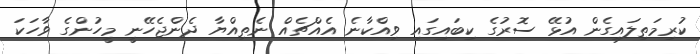
ކުރިމަތިލައިގެން އުޅޭ ސޮރުގެ ކިބައިގައި ވިއްކާނެ އެއްޗެއް ނެތިއްޔާ ދެންޖެހޭނީ މީހުންގެ ވާހަކަ